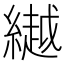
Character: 𦅲